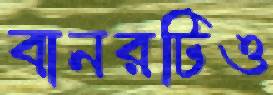
বানরটিও